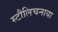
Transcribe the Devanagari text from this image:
स्टौलिचनाया